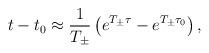
LaTeX: \begin{align*}t-t_0 \approx \frac{1}{T_{\pm}} \left( e^{T_{\pm} \tau} - e^{T_{\pm} \tau_0} \right),\end{align*}